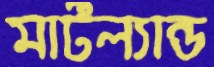
মার্টল্যান্ড